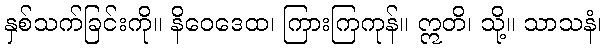
နှစ်သက်ခြင်းကို။ နိဝေဒေထ၊ ကြားကြကုန်။ ဣတိ၊ သို့။ သာသနံ၊